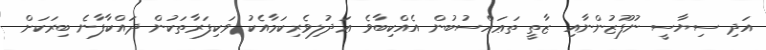
އަދި ސިޔާސީ ނުފޫޒުންނާއި ޒާތީ ތަޢައްސުބުން އެއްކިބާވެ ޢަދުލިވެރިކަމާއެކު ވަކިފަރާތަކުން ދައްކާފާނެ ބިރަކަށް